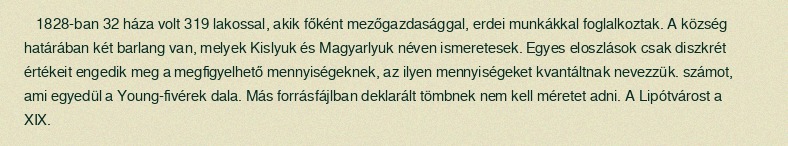
1828-ban 32 háza volt 319 lakossal, akik főként mezőgazdasággal, erdei munkákkal foglalkoztak. A község határában két barlang van, melyek Kislyuk és Magyarlyuk néven ismeretesek. Egyes eloszlások csak diszkrét értékeit engedik meg a megfigyelhető mennyiségeknek, az ilyen mennyiségeket kvantáltnak nevezzük. számot, ami egyedül a Young-fivérek dala. Más forrásfájlban deklarált tömbnek nem kell méretet adni. A Lipótvárost a XIX.